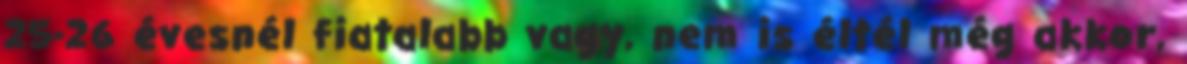
25-26 évesnél fiatalabb vagy, nem is éltél még akkor,